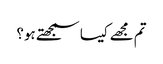
تم مجھے کیسا سمجھتے ہو؟